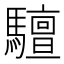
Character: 驙